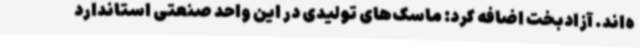
ه‌اند. آزادبخت اضافه کرد: ماسک‌های تولیدی در این واحد صنعتی استاندارد